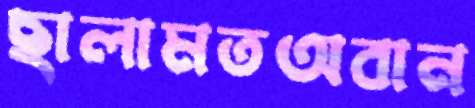
ছালামতঅবান